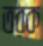
তরক